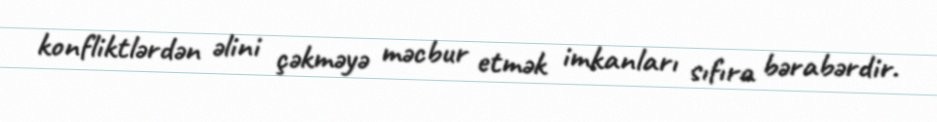
konfliktlərdən əlini çəkməyə məcbur etmək imkanları sıfıra bərabərdir.